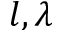
l , \lambda